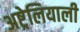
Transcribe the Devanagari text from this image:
अष्ट्रेलियाली